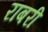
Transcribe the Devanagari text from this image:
राबरी